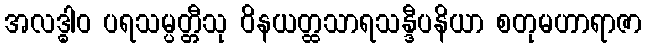
အလဒ္ဓါဝ ပရသမ္ပတ္တီသု ဝိနယတ္ထသာရသန္ဒီပနိယာ စတုမဟာရာဇာ